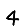
Digit: 4